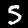
Label: 5